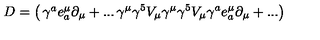
D = \left( \begin{matrix} { \gamma ^ { a } e _ { a } ^ { \mu } \partial _ { \mu } + . . . } & { \gamma ^ { \mu } \gamma ^ { 5 } V _ { \mu } } \\ { \gamma ^ { \mu } \gamma ^ { 5 } V _ { \mu } } & { \gamma ^ { a } e _ { a } ^ { \mu } \partial _ { \mu } + . . . } \\ \end{matrix} \right)